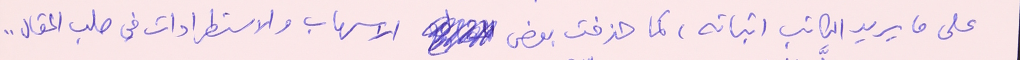
على ما يريد الكاتب اثباته، كما حذفت بعض الاسهاب والاستطرادات في صلب المقال ..